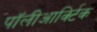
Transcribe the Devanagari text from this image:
पॉलीआर्क्टिक